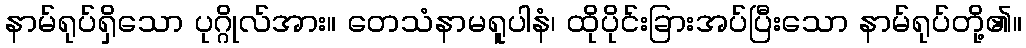
နာမ်ရုပ်ရှိသော ပုဂ္ဂိုလ်အား။ တေသံနာမရူပါနံ၊ ထိုပိုင်းခြားအပ်ပြီးသော နာမ်ရုပ်တို့၏။